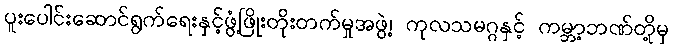
ပူးပေါင်းဆောင်ရွက်ရေးနှင့်ဖွံ့ဖြိုးတိုးတက်မှုအဖွဲ့၊ ကုလသမဂ္ဂနှင့် ကမ္ဘာ့ဘဏ်တို့မှ